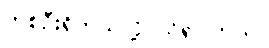
တစ်ဦးရှိတယ်လို့ သိရပါတယ်။